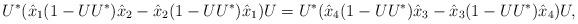
LaTeX: \begin{align*} U^*( \hat{x}_1 (1-UU^*) \hat{x}_2 - \hat{x}_2 (1-UU^*) \hat{x}_1 )U = U^*( \hat{x}_4 (1-UU^*) \hat{x}_3 - \hat{x}_3 (1-UU^*) \hat{x}_4 )U,\end{align*}